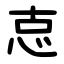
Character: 怘